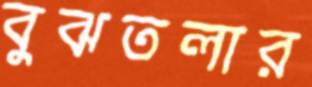
বুঝতলার